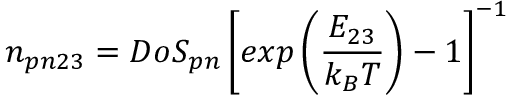
n _ { p n 2 3 } = D o S _ { p n } \left[ e x p \left( \frac { E _ { 2 3 } } { k _ { B } T } \right) - 1 \right] ^ { - 1 }